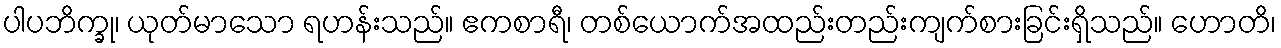
ပါပဘိက္ခု၊ ယုတ်မာသော ရဟန်းသည်။ ဧကစာရီ၊ တစ်ယောက်အထည်းတည်းကျက်စားခြင်းရှိသည်။ ဟောတိ၊